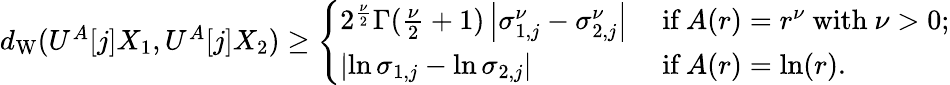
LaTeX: \begin{array}{r}{d_{\textup{W}}(U^{A}[j]X_{1},U^{A}[j]X_{2})\geq\left\{ \begin{array}{ll}{2^{\frac{\nu}{2}}\Gamma(\frac{\nu}{2}+1)\left|\sigma_{1,j}^{\nu}-\sigma_{2,j}^{\nu}\right|}&{\ \textup{if}\ A(r)=r^{\nu}\ \textup{with}\ \nu>0;}\\ {\left|\ln\sigma_{1,j}-\ln\sigma_{2,j}\right|}&{\ \textup{if}\ A(r)=\ln(r).}\end{array}\right.}\end{array}